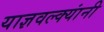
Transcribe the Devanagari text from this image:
याज्ञवल्क्यांनी